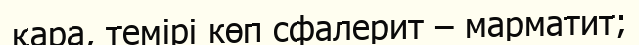
қара, темірі көп сфалерит – марматит;